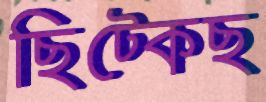
ছিট্‌কেছ